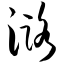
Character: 潞